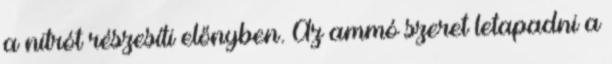
a nitrót részesíti előnyben. Az ammó szeret letapadni a